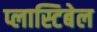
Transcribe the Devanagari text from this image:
प्लास्टिबेल